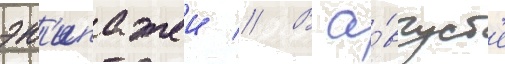
эк'ипажеи // В а́вгуст'е